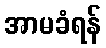
အာမခံရန်